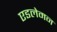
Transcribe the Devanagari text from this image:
एडलेमन